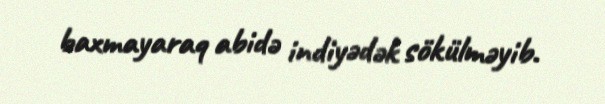
baxmayaraq abidə indiyədək sökülməyib.